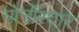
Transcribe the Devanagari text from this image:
पोर्नोस्टार